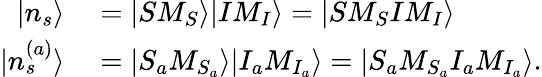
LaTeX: \begin{array}{rl}{|n_{s}\rangle}&{{}=|SM_{S}\rangle|IM_{I}\rangle=|SM_{S}IM_{I}\rangle}\\ {|n_{s}^{(a)}\rangle}&{{}=|S_{a}M_{S_{a}}\rangle|I_{a}M_{I_{a}}\rangle=|S_{a}M_{S_{a}}I_{a}M_{I_{a}}\rangle.}\end{array}